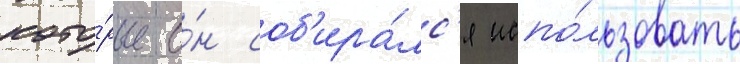
кото́рые о́н соб'ира́лс'я испо́льзовать